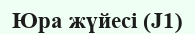
Юра жүйесі (J1)